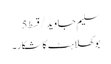
سلیم جاوید/قسط5
بوکھلاہٹ کا شکار۔